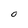
Character: O